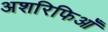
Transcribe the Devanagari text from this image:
अशरिफिआँ